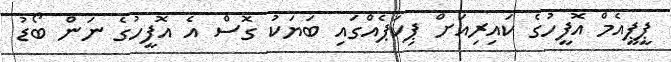
ޕީޕީއެމް އޮފީހުގެ ކައިރިއަށް ޕިކަޕެއްގައި ބަޔަކު ގޮސް އެ އޮފީހުގެ ނަން ބޯޑު